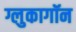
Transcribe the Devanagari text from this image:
ग्लुकागॉन